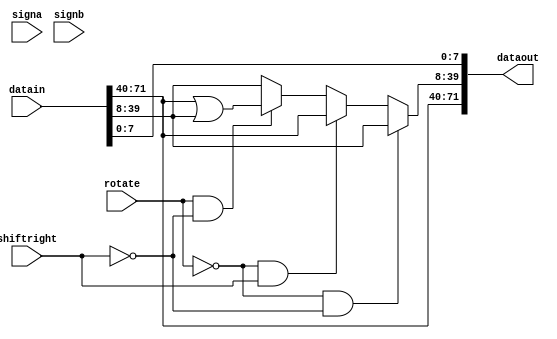
module hardcopyiii_rotate_shift_block(
                                 datain,
                                 rotate,
                                 shiftright,
                                 signa,
                                 signb,
                                 dataout
                                );
parameter dataa_width = 32;
parameter datab_width = 32;
parameter operation_mode = "output_only";
input [71:0] datain;
input rotate;
input shiftright;
input signa;
input signb;
wire sign;
output [71:0] dataout;
reg[71:0] dataout_tmp;
specify
    (datain *> dataout)             = (0, 0);
    (rotate *> dataout)             = (0, 0);
    (shiftright*> dataout)          = (0, 0);
endspecify
assign sign = signa ^ signb;
assign dataout = dataout_tmp;
always@(datain or rotate or shiftright)
    begin
        dataout_tmp = datain;
        if((rotate == 0) && (shiftright == 0))
            dataout_tmp[39:8] = datain[39:8];
        else if((rotate == 0) && (shiftright == 1))
            dataout_tmp[39:8]= datain[71:40];
        else if ((rotate == 1) && (shiftright == 0))
            dataout_tmp[39:8] = datain[71:40] | datain[39:8];
        else
            dataout_tmp = datain;
    end
endmodule